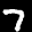
Label: 7